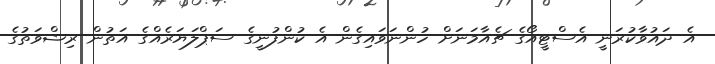
އެ ދައުވާކުރަނީ އެސްޓީއޯގެ ޗެއާމަނަށް ހުންނަވައިގެން އެ ކުންފުނީގެ ސަޕްލަޔަރެއްގެ އަތުން ރިޝްވަތުގެ